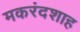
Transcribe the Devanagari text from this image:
मकरंदशाह